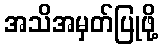
အသိအမှတ်ပြုဖို့